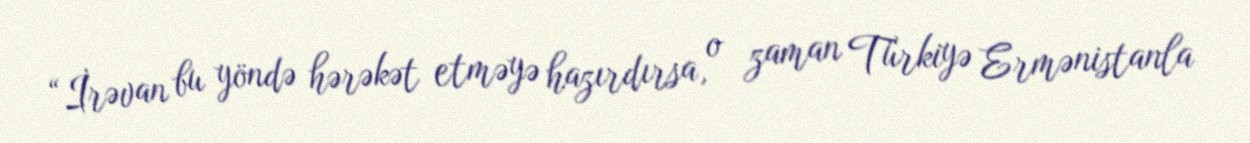
“İrəvan bu yöndə hərəkət etməyə hazırdırsa, o zaman Türkiyə Ermənistanla